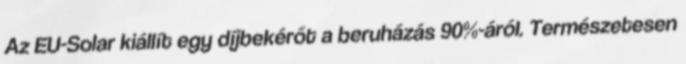
Az EU-Solar kiállít egy díjbekérőt a beruházás 90%-áról. Természetesen